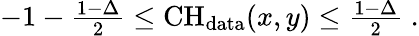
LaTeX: \begin{array}{r}{-1-\frac{1-\Delta}{2}\le\mathrm{CH}_{\mathrm{data}}(x,y)\le\frac{1-\Delta}{2}\; .}\end{array}